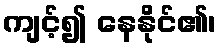
ကျင့်၍ နေနိုင်၏၊